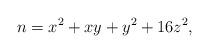
LaTeX: \begin{align*} n=x^2+xy+y^2+16z^2,\end{align*}